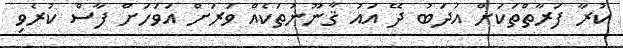
ކުރާ ފަރާތްތަކަށް އަދަބު ދޭ އައު ޤާނޫނުތަކެއް ވަރަށް އަވަހަށް ފާސް ކުރެވި